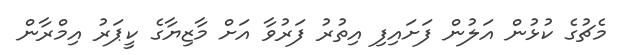
މެޗުގެ ކުޅުން އަލުން ފަށައިފި އިތުރު ފަރުވާ އަށް މާޒިޔާގެ ކީޕަރު އިމްރާން